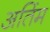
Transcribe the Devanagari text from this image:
अतिंम